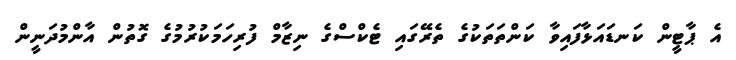
އެ ޕާޓީން ކަނޑައަޅާފައިވާ ކަންތަތަކުގެ ތެރޭގައި ޓެކްސްގެ ނިޒާމް ފުރިހަމަކުރުމުގެ ގޮތުން އާންމުދަނީން